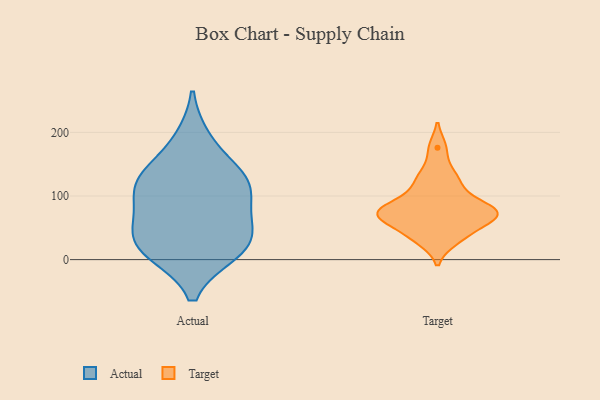
{"axis": {"x": "Page Views", "y": "Value"}, "legend": ["Actual", "Target"], "data": [{"x": "", "y": 134, "type": "Actual"}, {"x": "", "y": 77, "type": "Actual"}, {"x": "", "y": 120, "type": "Actual"}, {"x": "", "y": 25, "type": "Actual"}, {"x": "", "y": 188, "type": "Actual"}, {"x": "", "y": 58, "type": "Actual"}, {"x": "", "y": 35, "type": "Actual"}, {"x": "", "y": 12, "type": "Actual"}, {"x": "", "y": 115, "type": "Actual"}, {"x": "", "y": 13, "type": "Actual"}, {"x": "", "y": 121, "type": "Actual"}, {"x": "", "y": 75, "type": "Target"}, {"x": "", "y": 30, "type": "Target"}, {"x": "", "y": 36, "type": "Target"}, {"x": "", "y": 136, "type": "Target"}, {"x": "", "y": 81, "type": "Target"}, {"x": "", "y": 74, "type": "Target"}, {"x": "", "y": 68, "type": "Target"}, {"x": "", "y": 83, "type": "Target"}, {"x": "", "y": 73, "type": "Target"}, {"x": "", "y": 123, "type": "Target"}, {"x": "", "y": 108, "type": "Target"}, {"x": "", "y": 176, "type": "Target"}, {"x": "", "y": 66, "type": "Target"}, {"x": "", "y": 50, "type": "Target"}]}